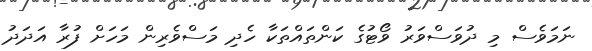
ނަމަވެސް މި ދުވަސްވަރު ވޯޓުގެ ކަންތައްތަކާ ހެދި މަސްވެރިން މަހަށް ފުރާ އަދަދު